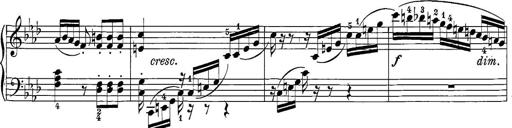
Title: 12 Sonatine per Pianoforte
Composer: Friedrich Kuhlau